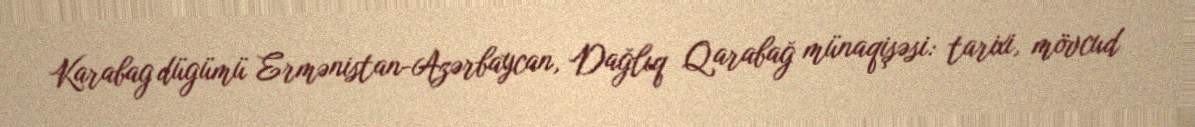
Karabag dügümü Ermənistan-Azərbaycan, Dağlıq Qarabağ münaqişəsi: tarixi, mövcud